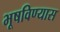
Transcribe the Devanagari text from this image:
भूषविण्यास